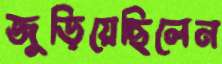
জুড়িয়েছিলেন